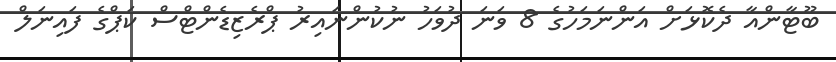
ބޫޓާންއާ ދެކޮޅަށް އަންނަމަހުގެ 8 ވަނަ ދުވަހު ނުކުންނައިރު ޕްރެޒިޑެންޓްސް ކަޕްގެ ފައިނަލް